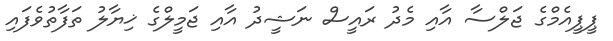
ޕީޕީއެމްގެ ޖަލްސާ އާއި މެދު ރައީސް ނަޝީދު އާއި ޖަމީލްގެ ޚިޔާލު ތަފާތުވެފައި